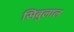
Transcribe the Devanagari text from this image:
सिबुलाल